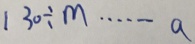
1 3 0 \div m \cdots a